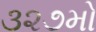
૩૨૭મો